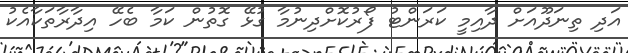
އަދި ތިނަދޫއަށް ދާއިމީ ކަރަންޓު ފޯރުކޮށްދިނުމާ ގުޅޭ ގޮތުން ކަމާ ބެހޭ އިދާރާތަކާއެކު